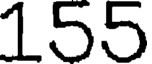
155